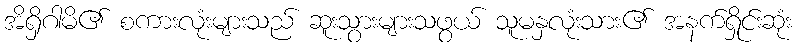
အိရှိဂါမိ၏ စကားလုံးများသည် ဆူးသွားများသဖွယ် သူမနှလုံးသား၏ အနက်ရှိုင်းဆုံး